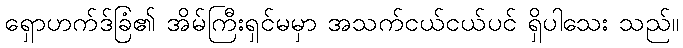
ရှောဟက်ဒ်ခြံ၏ အိမ်ကြီးရှင်မမှာ အသက်ငယ်ငယ်ပင် ရှိပါသေး သည်။